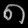
Digit: ၈